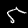
Digit: 5